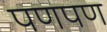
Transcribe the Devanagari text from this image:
पणपण